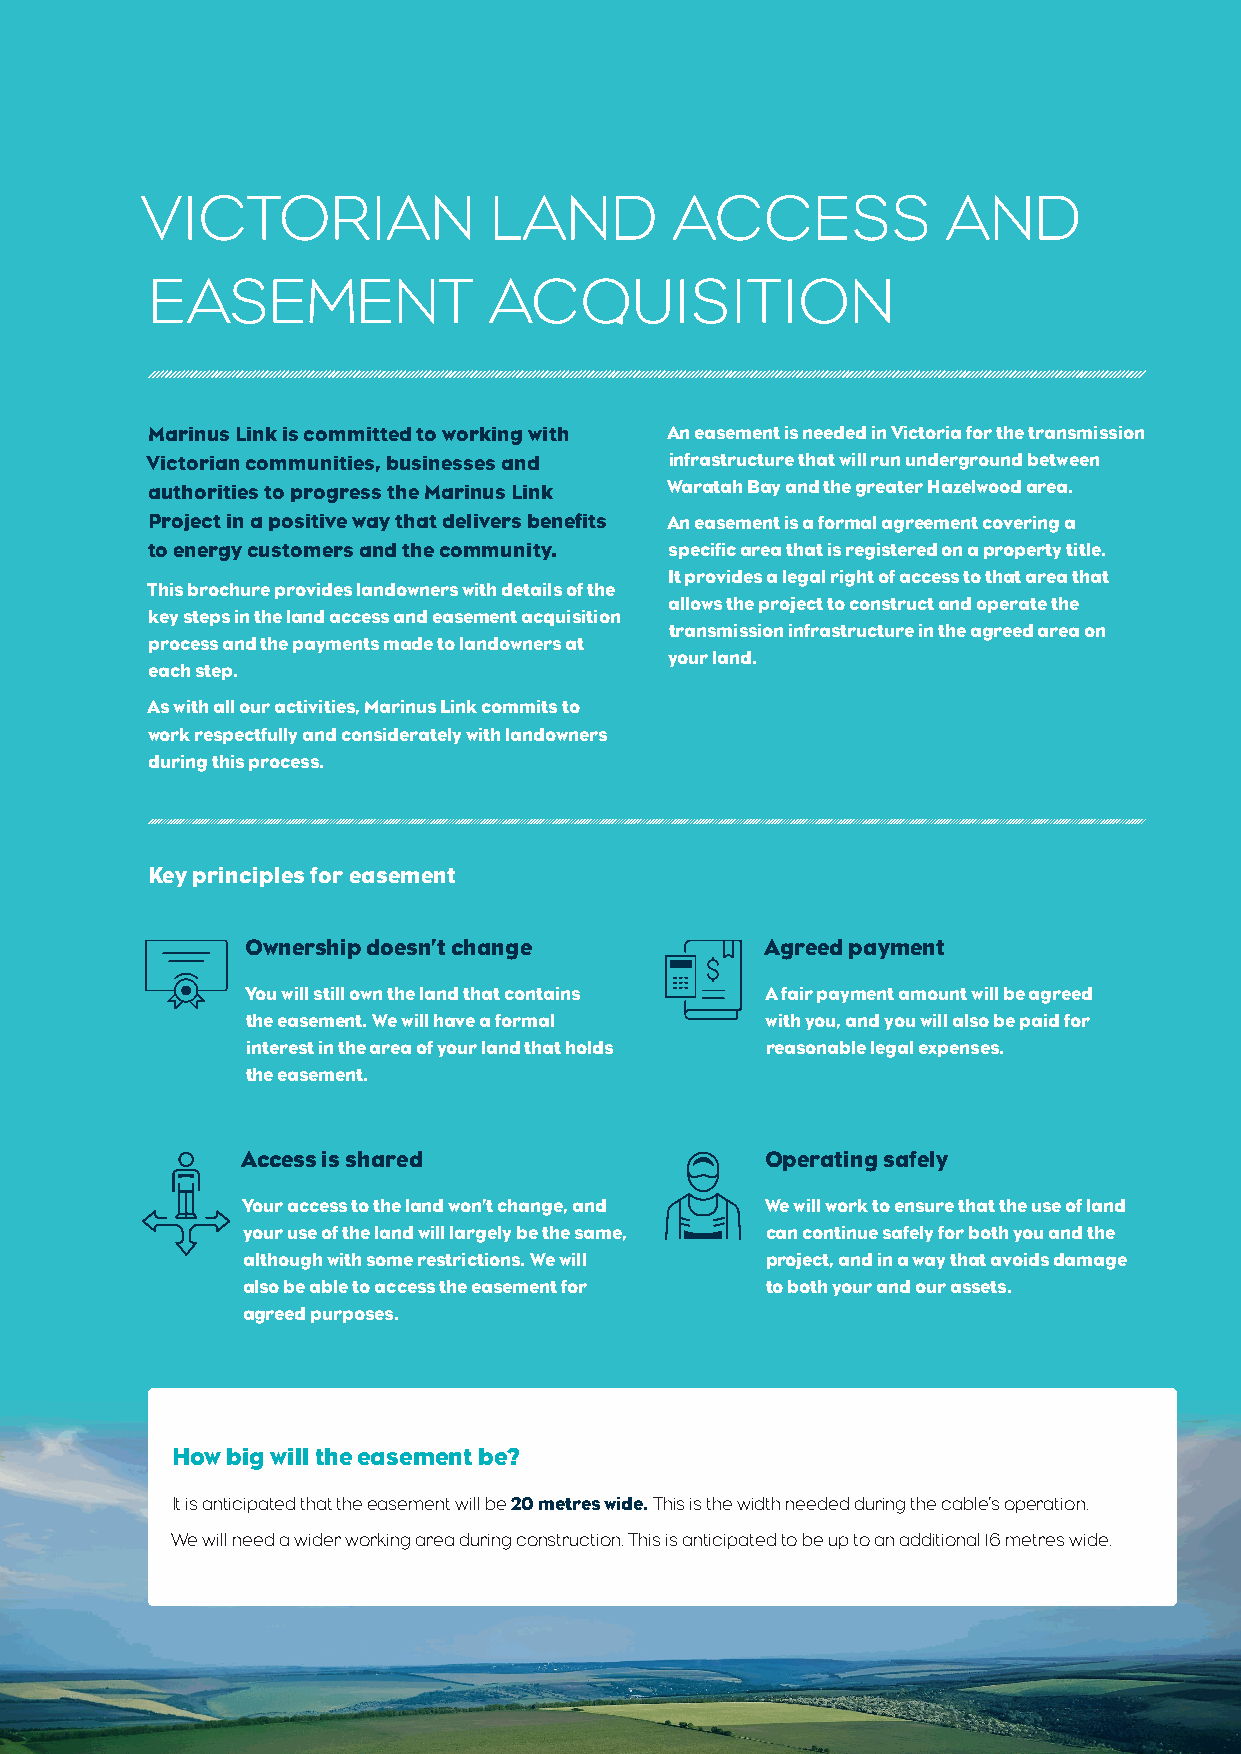
VICTORIAN              LAND         ACCESS            AND
 EASEMENT              ACQUISITION
 Marinus Link is committed to working with An easement is needed in Victoria for the transmission
 Victorian communities, businesses and infrastructure that will run underground between
 authorities to progress the Marinus Link Waratah Bay and the greater Hazelwood area.
 Project in a positive way that delivers benefits An easement is a formal agreement covering a
 to energy customers and the community. specific area that is registered on a property title.
 It provides a legal right of access to that area that
 This brochure provides landowners with details of the
 allows the project to construct and operate the
 key steps in the land access and easement acquisition
 transmission infrastructure in the agreed area on
 process and the payments made to landowners at
 your land.
 each step.
 As with all our activities, Marinus Link commits to
 work respectfully and considerately with landowners
 during this process.
 Key principles for easement
 Ownership doesn’t change           Agreed payment
 You will still own the land that contains A fair payment amount will be agreed
 the easement. We will have a formal with you, and you will also be paid for
 interest in the area of your land that holds reasonable legal expenses.
 the easement.
 Access is shared                   Operating safely
 Your access to the land won’t change, and We will work to ensure that the use of land
 your use of the land will largely be the same, can continue safely for both you and the
 although with some restrictions. We will project, and in a way that avoids damage
 also be able to access the easement for to both your and our assets.
 agreed purposes.
 How big will the easement be?
 It is anticipated that the easement will be 20 metres wide. This is the width needed during the cable’s operation.
 We will need a wider working area during construction. This is anticipated to be up to an additional 16 metres wide.